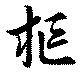
樞